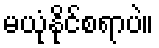
မယုံနိုင်စရာပဲ။